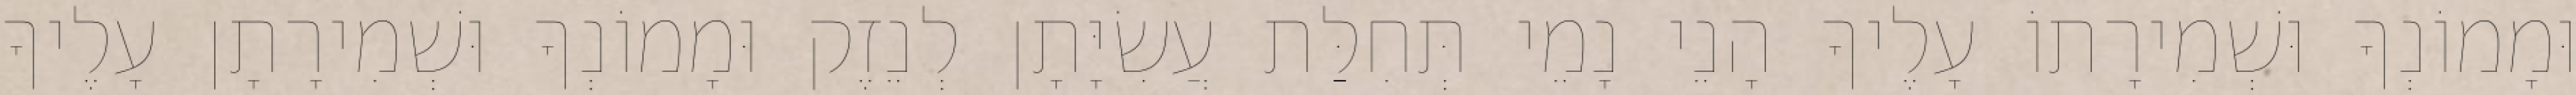
וּמָמוֹנְךָ וּשְׁמִירָתוֹ עָלֶיךָ הָנֵי נָמֵי תְּחִלַּת עֲשִׂיָּתָן לְנֵזֶק וּמָמוֹנְךָ וּשְׁמִירָתָן עָלֶיךָ